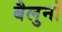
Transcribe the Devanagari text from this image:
बैलुनों